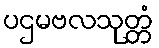
ပဌမဗလသုတ္တံ